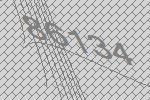
86134